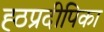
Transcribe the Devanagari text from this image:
ह्ठप्रदीपिका